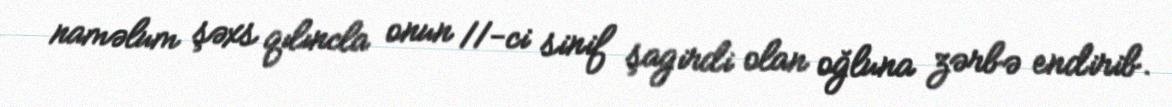
naməlum şəxs qılıncla onun 11-ci sinif şagirdi olan oğluna zərbə endirib.